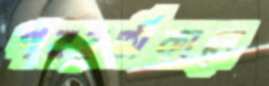
পবরর্তীকালে